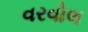
વરવોલ